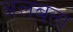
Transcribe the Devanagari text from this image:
अलबता